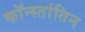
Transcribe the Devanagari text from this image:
कॉन्स्तांतिन